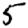
Digit: 5